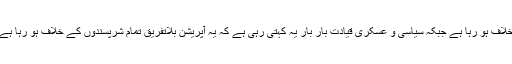
متحدہ قومی موومنٹ کا کہنا ہے کہ یہ آپریشن اس کے خلاف ہو رہا ہے جبکہ سیاسی و عسکری قیادت بار بار یہ کہتی رہی ہے کہ یہ آپریشن بلاتفریق تمام شرپسندوں کے خلاف ہو رہا ہے اور کسی ایک جماعت یا گروہ کو ہدف نہیں بنایا جارہا۔